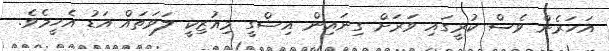
އަހަރެން ވެސް ކުރީގައި ވަރަށް ގިނައިން އިޝްގީ މިއުޒިކީ ލަވަތައް އަޑު އެހީމެވެ.